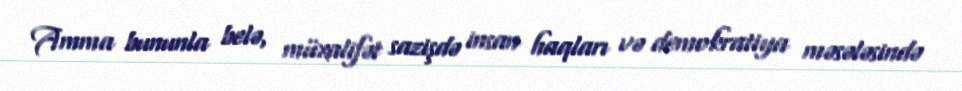
Amma bununla belə, müxalifət sazişdə insan haqları və demokratiya məsələsində